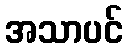
အသာပင်